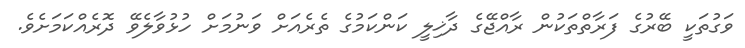
ވަގުތަކީ ބޭރުގެ ފަރާތްތަކުން ރާއްޖޭގެ ދާޚިލީ ކަންކަމުގެ ތެރެއަށް ވަނުމަށް ހުޅުވާލެވޭ ދޮރެއްކަމަށެވެ.